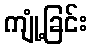
ကျုံ့ခြင်း